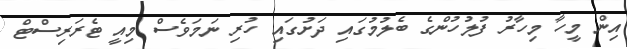
އިން މީހާ މިހާރު ފުލުހުންގެ ބެލުމުގައި ދަށުގައި ހުރި ނަމަވެސް މިއީ ޓެރަރިސްޓް